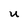
Character: U